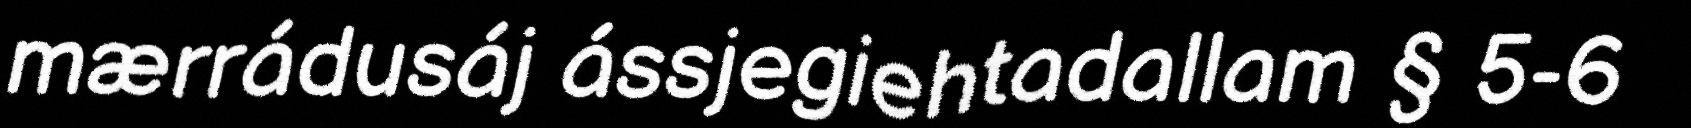
mærrádusáj ássjegiehtadallam § 5-6